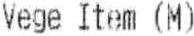
VEGE ITEM (M)